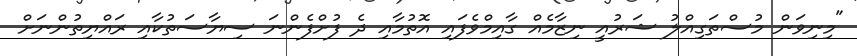
"މިނިވަން މުސްތަގިއްލު ޝަރުއީ ނިޒާމެއް ގާއިމްވެފައި އޮތުމާއި ދެ ފުށްފެންނަ ސިޔާސަތުކާއި ރައްޔިތުންނަށް